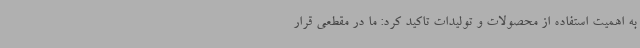
به اهمیت استفاده از محصولات و تولیدات تاکید کرد: ما در مقطعی قرار